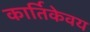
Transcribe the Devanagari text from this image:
कार्तिकेवय